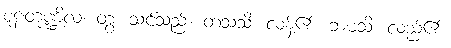
စူဠတုဏ္ဍိလ၊ တွံ၊ သင်သည်။ တသသိ၊ လန့်၏။ ဘမသိ၊ လည်၏။